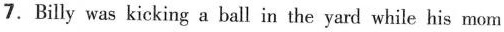
7.Billy was kicking a ball in the yard while his mom